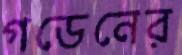
গডেনের